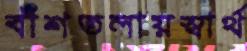
বাঁশতলায়স্বার্থ